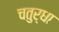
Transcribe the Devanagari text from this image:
चतुर्धा